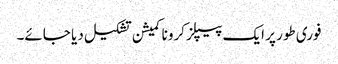
فوری طور پر ایک پیپلز کرونا کمیشن تشکیل دیا جائے۔